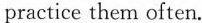
practice them often.